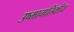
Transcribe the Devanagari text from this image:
उष्मागतिकीय